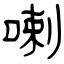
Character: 喇